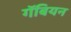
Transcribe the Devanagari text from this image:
गॅबियन